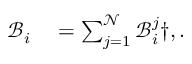
\begin{array} { r l } { \mathcal { B } _ { i } } & { { } = \sum _ { j = 1 } ^ { \mathcal { N } } { \mathcal { B } } _ { i } ^ { j } \dag , . } \end{array}